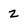
Character: z